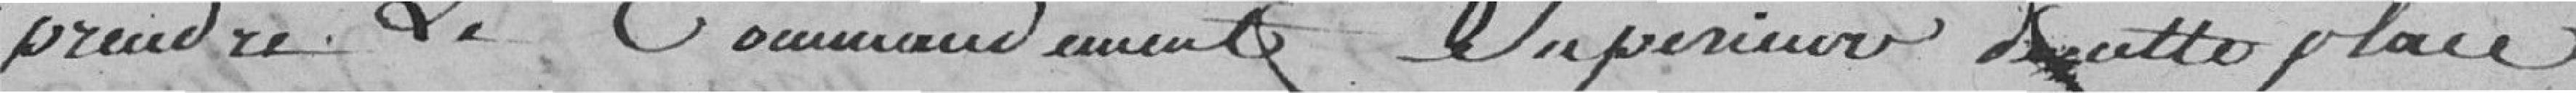
prendre le Commandement supérieur de cette place.